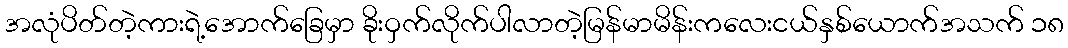
အလုံပိတ်တဲ့ကားရဲ့အောက်ခြေမှာ ခိုးဝှက်လိုက်ပါလာတဲ့မြန်မာမိန်းကလေးငယ်နှစ်ယောက်အသက် ၁၈